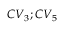
C V _ { 3 } ; C V _ { 5 }